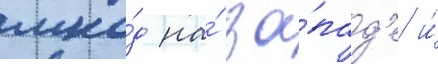
мка́д на́ за́пад'е и́